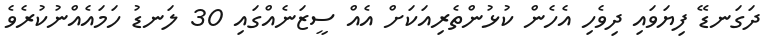
ދަގަނޑޭ ފިޔަވައި ދިވެހި އެހެން ކުޅުންތެރިއަކަށް އެއް ސީޒަނެއްގައި 30 ލަނޑު ހަމައެއްނުކުރެވެ